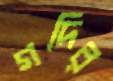
গদির